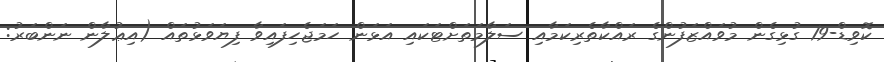
ކޮވިޑް-19 ގުޅިގެން މުވައްޒަފުންގެ ރައްކާތެރިކަމާއި ސަލާމަަތަށްޓަކައި އަޅަން ހަމަޖެހިފައިވާ ފިޔަވަޅުތައް (އިޢުލާން ނަންބަރު: